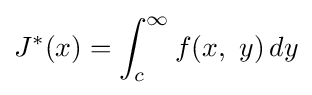
J^{*}(x)=\int _{c}^{\infty }f(x,\ y)\,dy